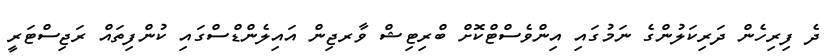
ދެ ފިރިހެން ދަރިކަލުންގެ ނަމުގައި އިންވެސްޓްކޮށް ބްރިޓިޝް ވާރޖިން އައިލެންޑްސްގައި ކުންފިތައް ރަޖިސްޓަރީ